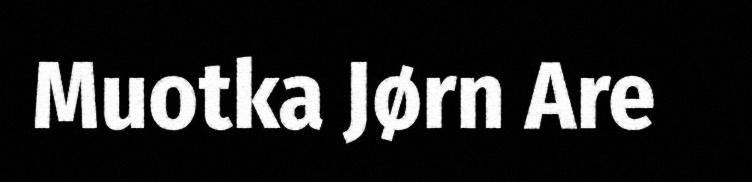
Muotka Jørn Are